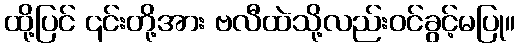
ထို့ပြင် ၎င်းတို့အား ဗလီထဲသို့လည်းဝင်ခွင့်မပြု။